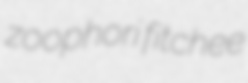
zoophori fitchee